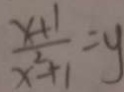
\frac { x + 1 } { x ^ { 2 } - 1 - 1 } = y